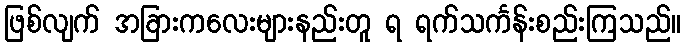
ဖြစ်လျက် အခြားကလေးများနည်းတူ ရ ရက်သင်္ကန်းစည်းကြသည်။